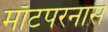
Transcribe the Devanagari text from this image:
माँटपरनासे